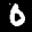
Label: 0